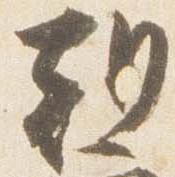
朝